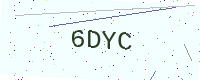
Text: 6DYC